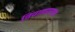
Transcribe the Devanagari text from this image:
विवाहप्रस्ताव